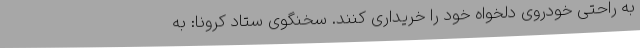
به راحتی خودروی دلخواه خود را خریداری کنند. سخنگوی ستاد کرونا: به